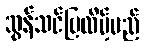
သွန်သင်ပြလိမ့်မည်